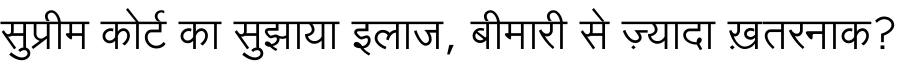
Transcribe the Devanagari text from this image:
सुप्रीम कोर्ट का सुझाया इलाज, बीमारी से ज़्यादा ख़तरनाक?